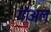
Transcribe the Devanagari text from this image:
गोअल